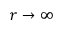
r \to \infty